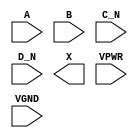
module sky130_fd_sc_hs__or4bb (
    //# {{data|Data Signals}}
    input  A   ,
    input  B   ,
    input  C_N ,
    input  D_N ,
    output X   ,

    //# {{power|Power}}
    input  VPWR,
    input  VGND
);
endmodule